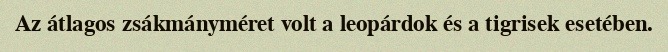
Az átlagos zsákmányméret volt a leopárdok és a tigrisek esetében.